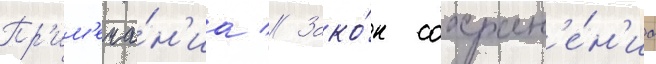
Пр'им'еча́н'иа // Зако́н сохран'е́н'иа